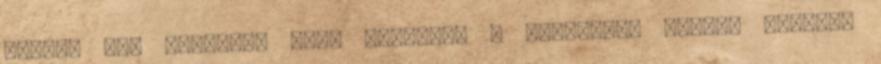
amikor azt mondják, hogy mindenki a vendégem. Ezután azonban